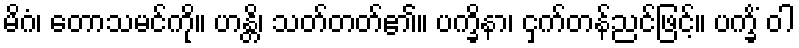
မိဂံ၊ တောသမင်ကို။ ဟန္တိ၊ သတ်တတ်၏။ ပက္ခိနာ၊ ငှက်တန်ညင်ဖြင့်။ ပက္ခိံ ဝါ